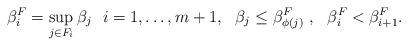
LaTeX: \begin{align*}\beta^F_i=\sup_{j\in F_i}\beta_{j} \ \ i=1,\ldots,m+1, \ \ \beta_j\leq \beta_{\phi(j)}^F \ , \ \ \beta_i^F<\beta_{i+1}^F.\end{align*}